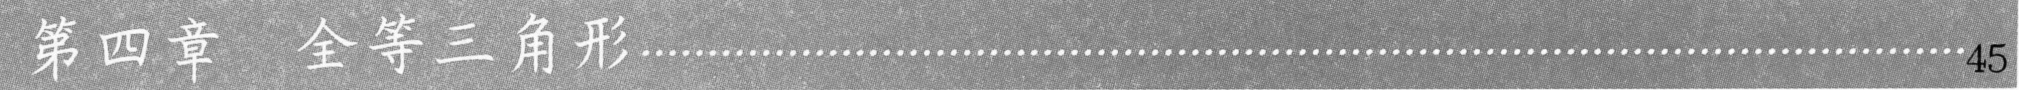
第四章  全等三角形……………………………………………………………………45